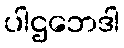
ပါဌဘေဒါ